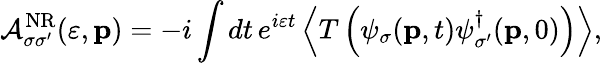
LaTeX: {\cal A}_{\sigma\sigma^{\prime}}^{\mathrm{NR}}(\varepsilon,{\mathbf p})=-i\int dt\, e^{i\varepsilon t}\left\langle T\left(\psi_{\sigma}({\mathbf p},t)\psi_{\sigma^{\prime}}^{\dagger}({\mathbf p},0)\right)\right\rangle,